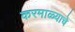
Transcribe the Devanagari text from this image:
करमाळ्याचे